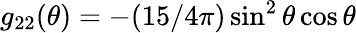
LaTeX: g_{22}(\theta)=-(15/4\pi)\sin^{2}\theta\cos\theta